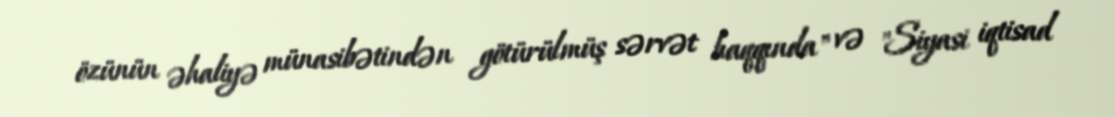
özünün əhaliyə münasibətindən götürülmüş sərvət haqqında" və "Siyasi iqtisad